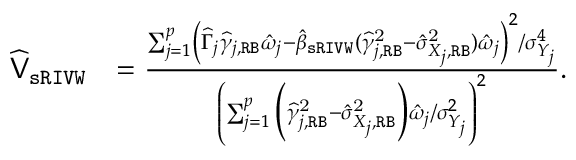
\begin{array} { r l } { \widehat { \mathsf { V } } _ { \mathtt { s R I V W } } } & { = \frac { \sum _ { j = 1 } ^ { p } \left( \widehat \Gamma _ { j } \widehat \gamma _ { j , \mathtt { R B } } \hat { \omega } _ { j } - \hat { \beta } _ { \mathtt { s R I V W } } ( \widehat \gamma _ { j , \mathtt { R B } } ^ { \mathrm { 2 } } - \hat { \sigma } _ { X _ { j } , \mathtt { R B } } ^ { \mathrm { 2 } } ) \hat { \omega } _ { j } \right) ^ { 2 } / \sigma _ { Y _ { j } } ^ { 4 } } { \left( \sum _ { j = 1 } ^ { p } \Big ( \widehat \gamma _ { j , \mathtt { R B } } ^ { \mathrm { 2 } } - \hat { \sigma } _ { X _ { j } , \mathtt { R B } } ^ { \mathrm { 2 } } \Big ) \hat { \omega } _ { j } / \sigma _ { Y _ { j } } ^ { 2 } \right) ^ { 2 } } . } \end{array}